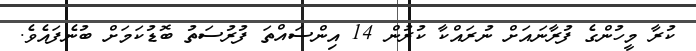
ކުރާ މީހުންގެ ފުރާނައަށް ނުރައްކާ ކުރުން 14 އިންސައްތަ ފުރުސަތު ބޮޑުކަމަށް ބުނެފައެވެ.